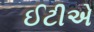
ઈટીએ